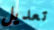
تعديل